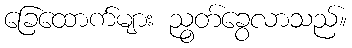
ခြေထောက်များ ညွတ်ခွေလာသည်။